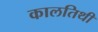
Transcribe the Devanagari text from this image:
कालतिथी